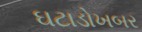
ઘટાડોખબર